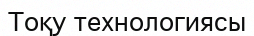
Тоқу технологиясы